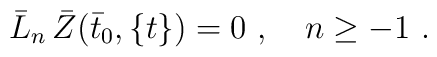
{\bar L}_n \, {\bar Z}({\bar t}_0, \{t\}) = 0 \ , \quad n\ge -1\ .